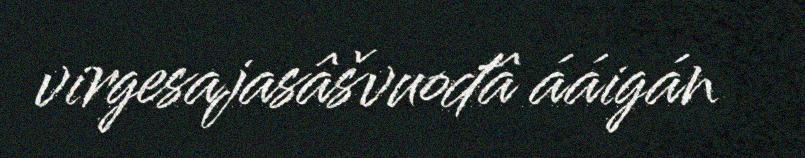
virgesajasâšvuođâ ááigán